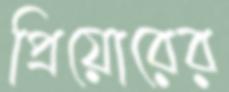
প্রিয়োরের